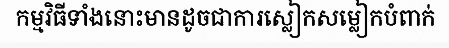
កម្មវិធីទាំងនោះមានដូចជាការស្លៀកសម្លៀកបំពាក់